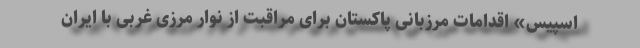
اسپیس» اقدامات مرزبانی پاکستان برای مراقبت از نوار مرزی غربی با ایران